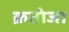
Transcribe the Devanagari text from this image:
क्रतोजा